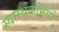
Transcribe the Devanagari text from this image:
स्वास्थकर्मियों